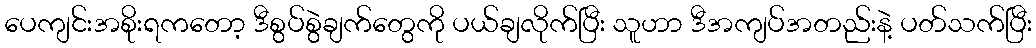
ပေကျင်းအစိုးရကတော့ ဒီစွပ်စွဲချက်တွေကို ပယ်ချလိုက်ပြီး သူဟာ ဒီအကျပ်အတည်းနဲ့ ပတ်သက်ပြီး